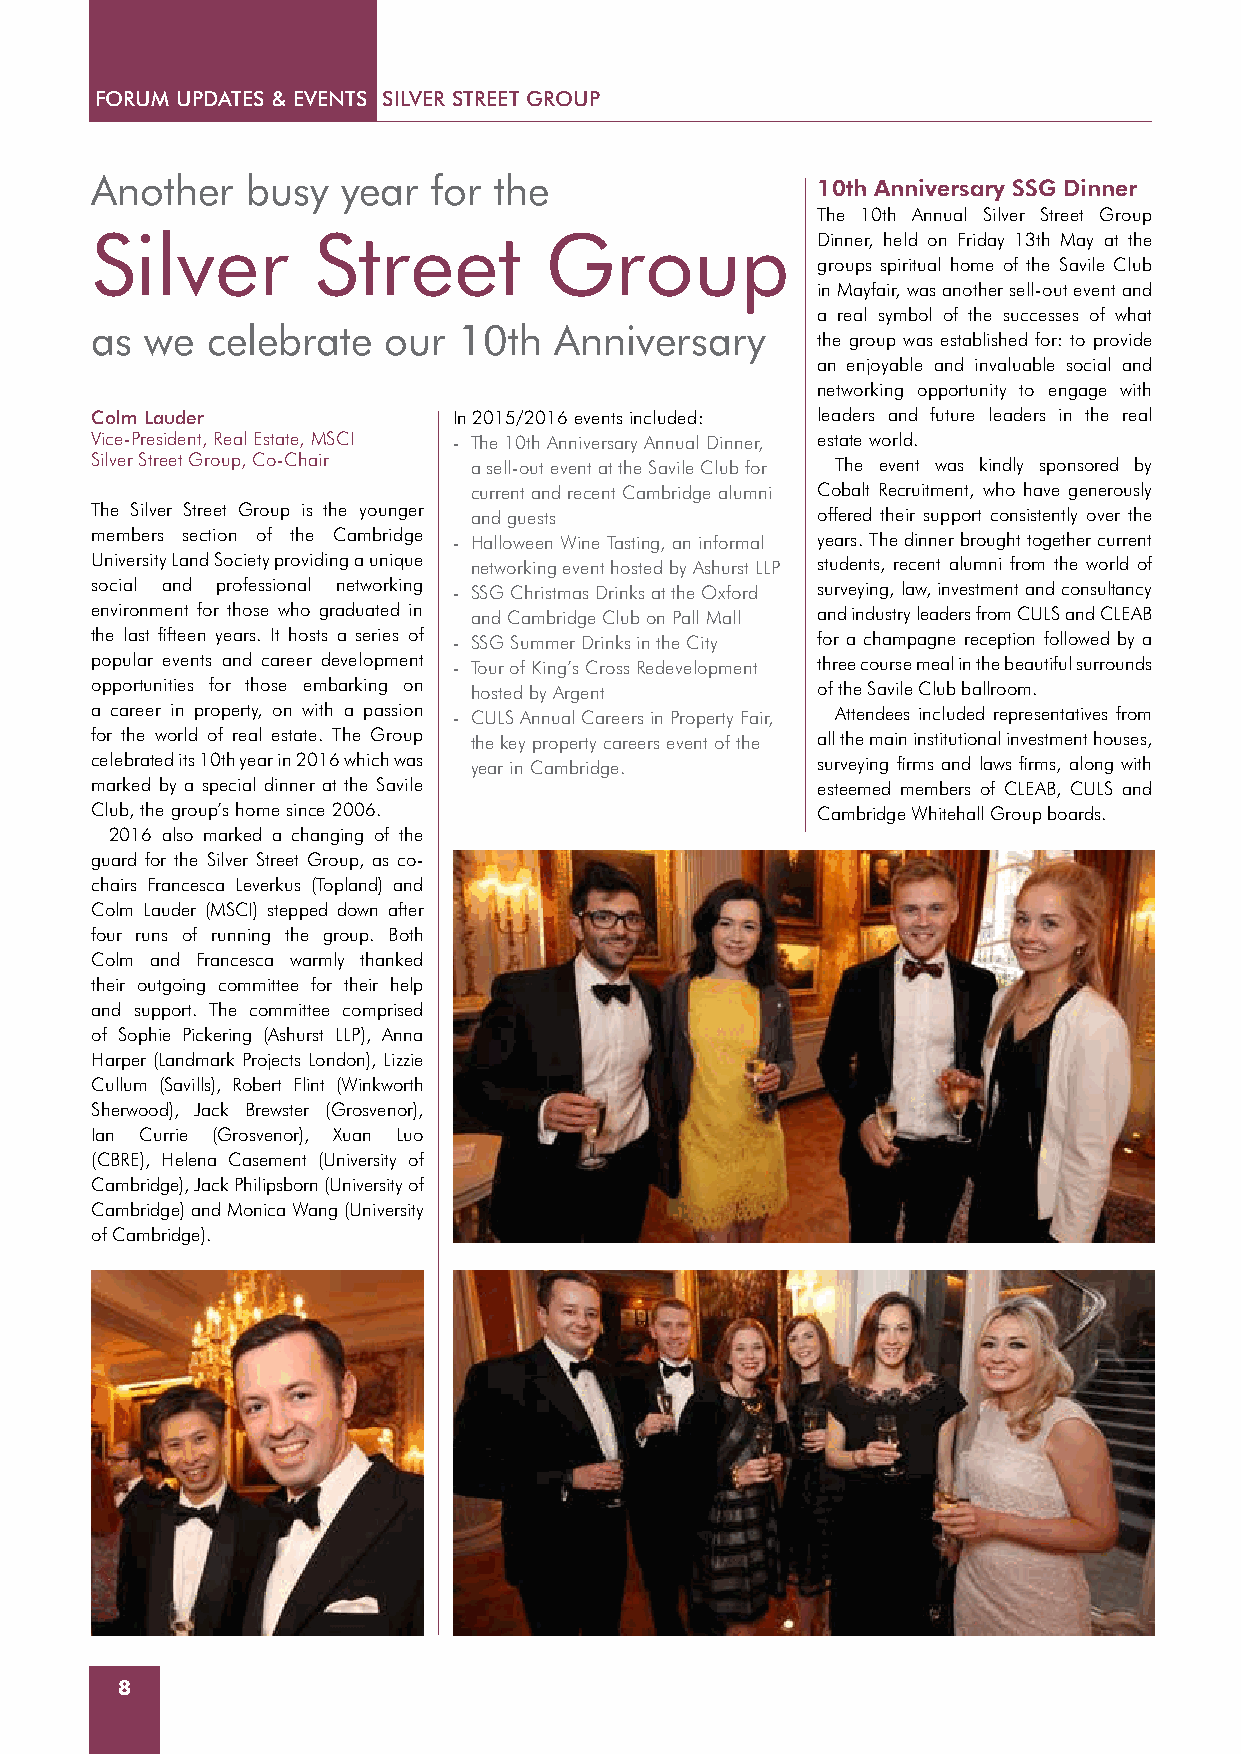
FORUM UPDATES & EVENTS SILVER STREET GROUP
 Another   busy   year  for the                  10th Anniversary SSG Dinner
 The 10th Annual Silver Street Group
 Silver         Street         Group             Dinner, held on Friday 13th May at the
 groups spiritual home of the Savile Club
 in Mayfair, was another sell-out event and
 a real symbol of the successes of what
 as  we  celebrate   our 10th   Anniversary
 the group was established for: to provide
 an enjoyable and invaluable social and
 networking opportunity to engage with
 Colm Lauder             In 2015/2016 events included: leaders and future leaders in the real
 Vice-President, Real Estate, MSCI - The 10th Anniversary Annual Dinner, estate world.
 Silver Street Group, Co-Chair a sell-out event at the Savile Club for The event was kindly sponsored by
 current and recent Cambridge alumni Cobalt Recruitment, who have generously
 The Silver Street Group is the younger and guests offered their support consistently over the
 members section of the Cambridge - Halloween Wine Tasting, an informal years. The dinner brought together current
 University Land Society providing a unique networking event hosted by Ashurst LLP students, recent alumni from the world of
 social and professional networking - SSG Christmas Drinks at the Oxford surveying, law, investment and consultancy
 environment for those who graduated in and Cambridge Club on Pall Mall and industry leaders from CULS and CLEAB
 the last fifteen years. It hosts a series of - SSG Summer Drinks in the City for a champagne reception followed by a
 popular events and career development - Tour of King’s Cross Redevelopment three course meal in the beautiful surrounds
 opportunities for those embarking on hosted by Argent of the Savile Club ballroom.
 a career in property, on with a passion - CULS Annual Careers in Property Fair, Attendees included representatives from
 for the world of real estate. The Group the key property careers event of the all the main institutional investment houses,
 celebrated its 10th year in 2016 which was year in Cambridge. surveying firms and laws firms, along with
 marked by a special dinner at the Savile        esteemed members of CLEAB, CULS and
 Club, the group’s home since 2006.              Cambridge Whitehall Group boards.
 2016 also marked a changing of the
 guard for the Silver Street Group, as co-
 chairs Francesca Leverkus (Topland) and
 Colm Lauder (MSCI) stepped down after
 four runs of running the group. Both
 Colm and Francesca warmly thanked
 their outgoing committee for their help
 and support. The committee comprised
 of Sophie Pickering (Ashurst LLP), Anna
 Harper (Landmark Projects London), Lizzie
 Cullum (Savills), Robert Flint (Winkworth
 Sherwood), Jack Brewster (Grosvenor),
 Ian Currie (Grosvenor), Xuan Luo
 (CBRE), Helena Casement (University of
 Cambridge), Jack Philipsborn (University of
 Cambridge) and Monica Wang (University
 of Cambridge).
 8